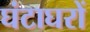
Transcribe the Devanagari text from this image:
घंटाघरों